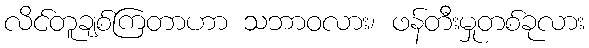
လိင်တူချစ်ကြတာဟာ သဘာဝလား၊ ဖန်တီးမှုတစ်ခုလား